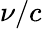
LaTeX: \nu/c